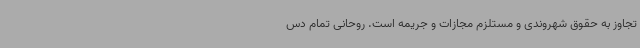
تجاوز به حقوق شهروندی و مستلزم مجازات و جریمه است. روحانی تمام دس